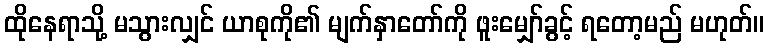
ထိုနေရာသို့ မသွားလျှင် ယာစုကို၏ မျက်နှာတော်ကို ဖူးမျှော်ခွင့် ရတော့မည် မဟုတ်။